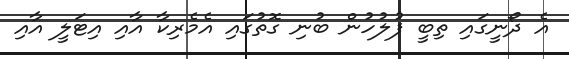
އެ ދޯނީގައި ތިބީ ފުލުހުން ބުނި ގޮތުގައި އެމެރިކާ އާއި އިޓަލީ އާއި